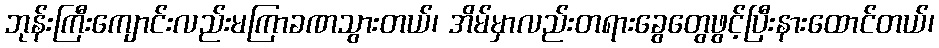
ဘုန်းကြီးကျောင်းလည်းမကြာခဏသွားတယ်၊ အိမ်မှာလည်းတရားခွေတွေဖွင့်ပြီးနားထောင်တယ်၊